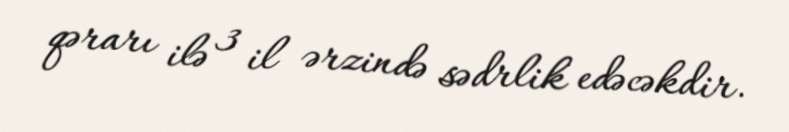
qərarı ilə 3 il ərzində sədrlik edəcəkdir.